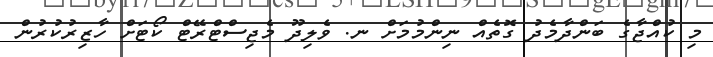
މި ކުއްޖާގެ ބަންދާމެދު ގޮތެއް ނިންމުމަށް ނ. ވެލިދޫ މެޖިސްޓްރޭޓް ކޯޓަށް ހާޒިރުކުރުުން